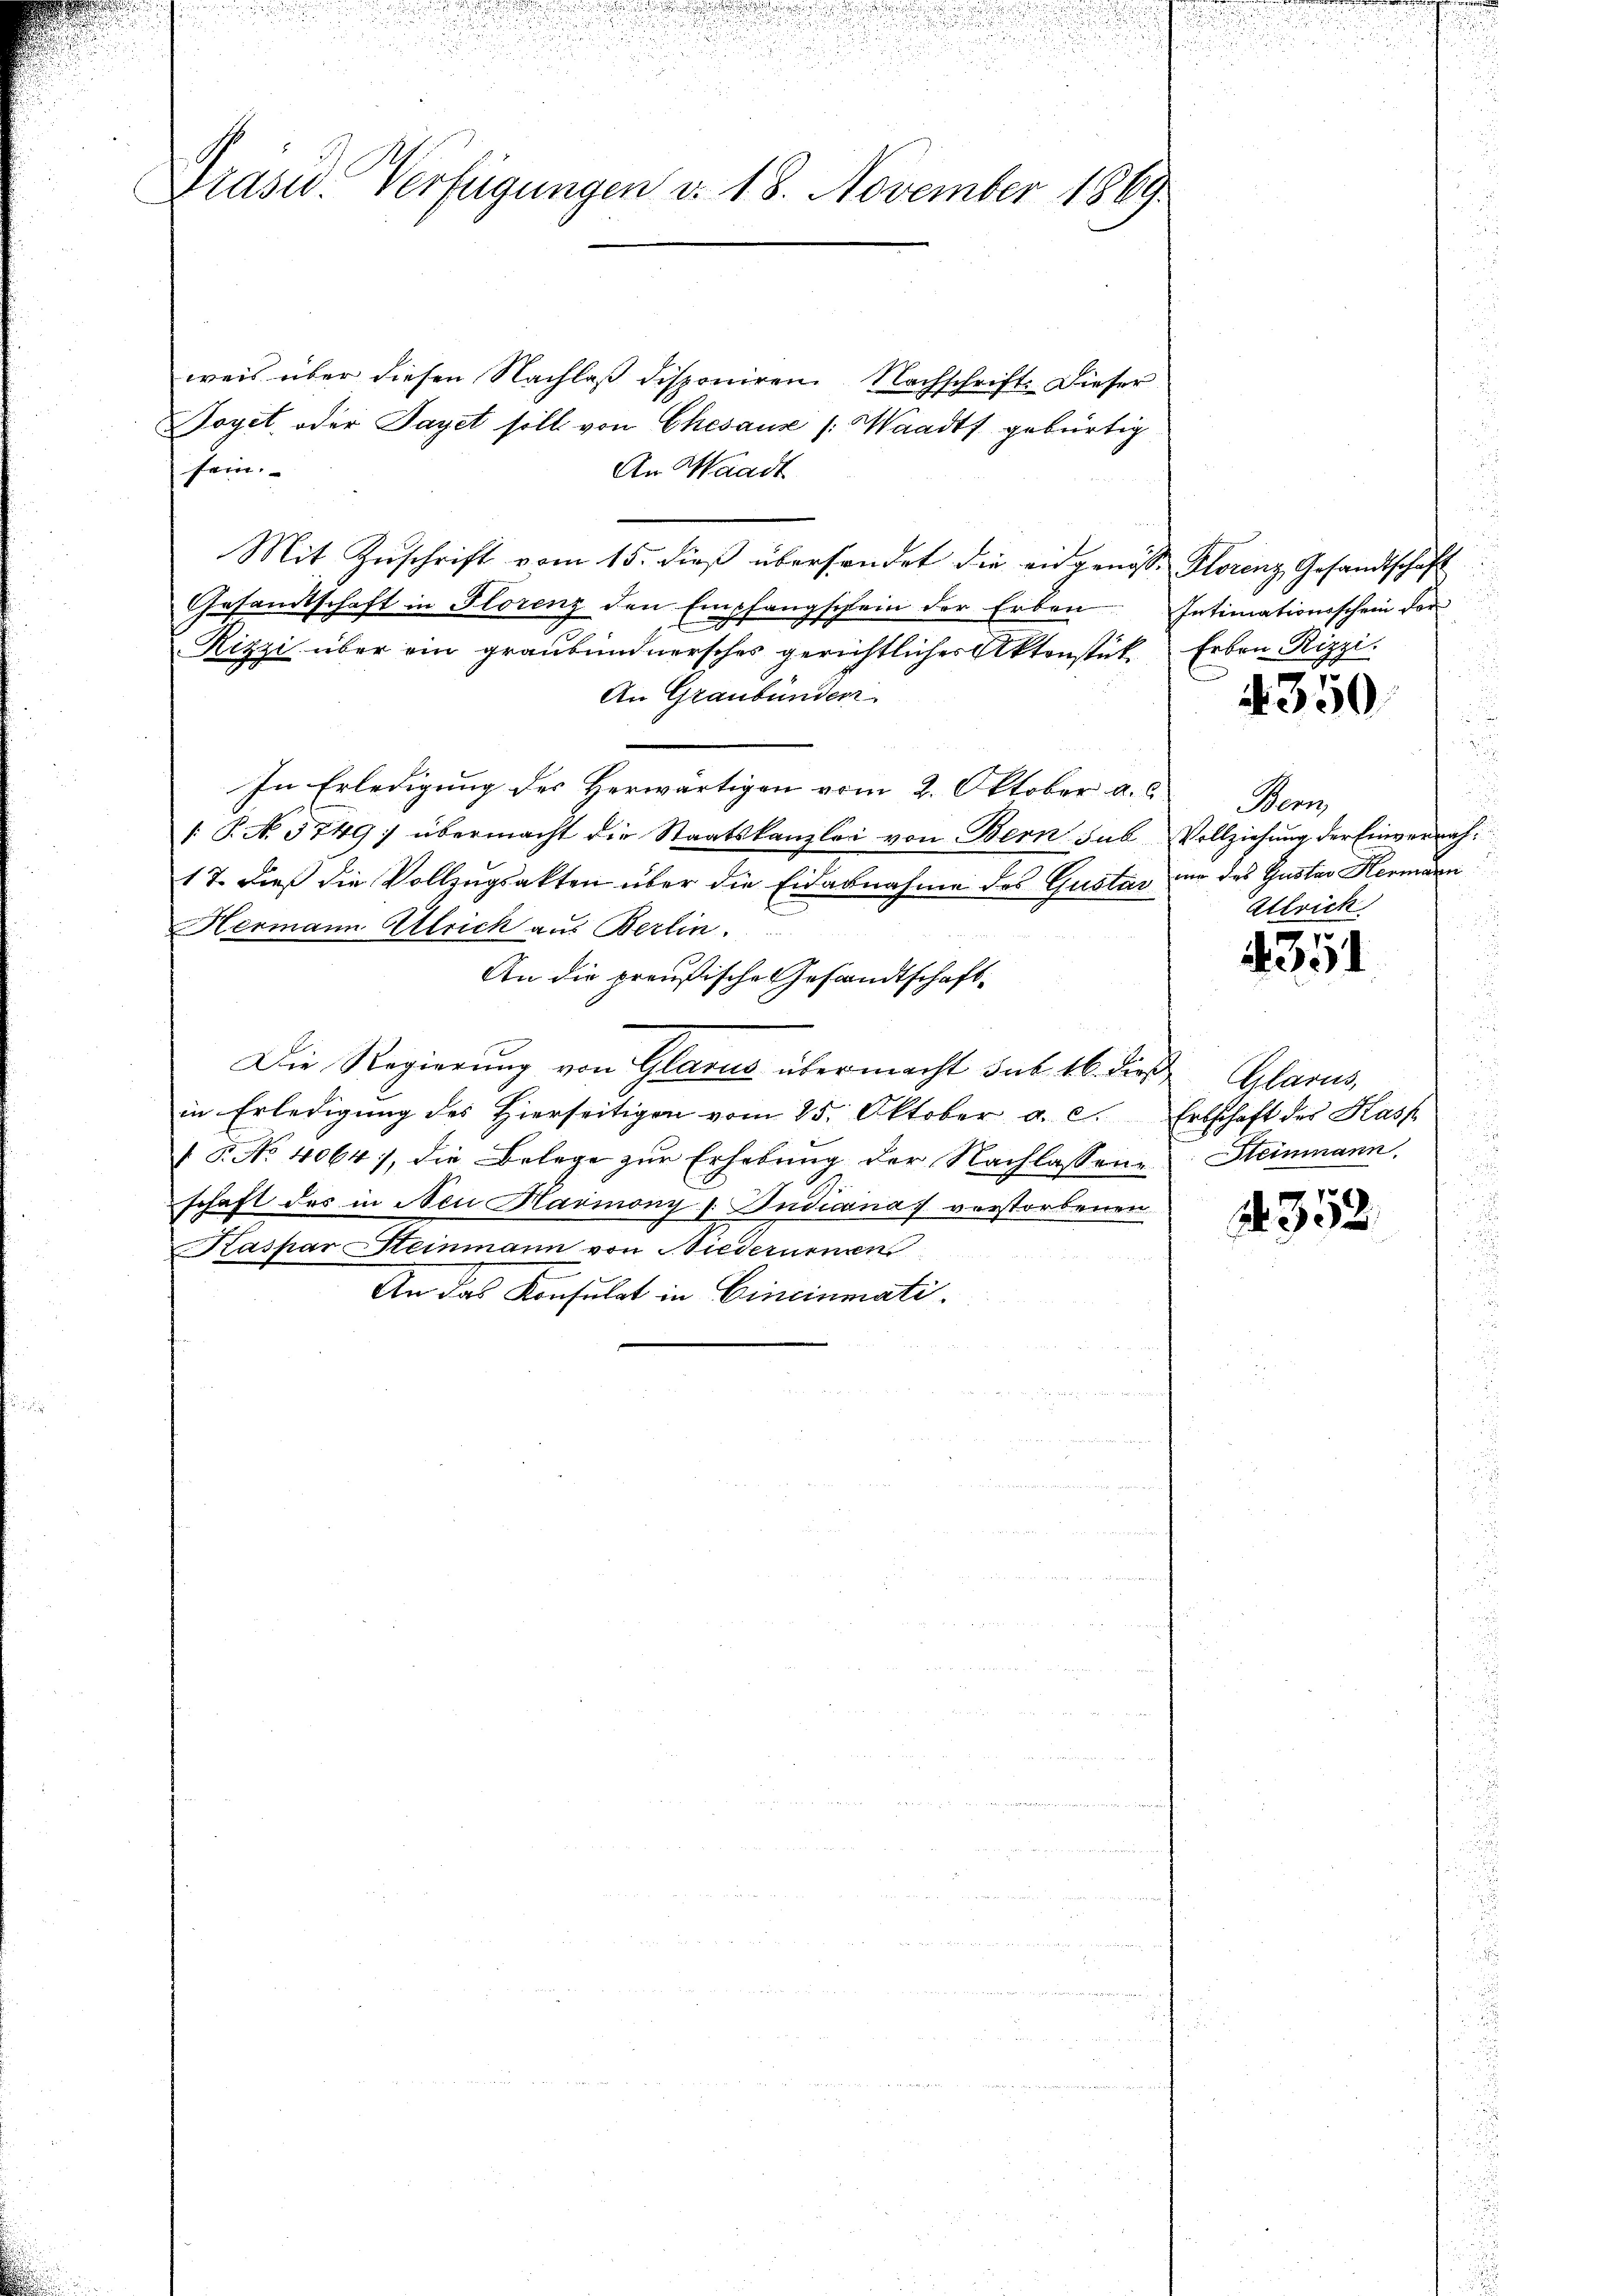
Präsid. Verfügungen v. 18. November 1869.

weis über diesen Nachlaß disponiren. Nachschrift. Dieser
Soget, oder Taget soll von Ehesause (Waadt gebürtig
sein.
An Waadt
Mit Zŭschrift vom 15. dieß überhandet die eidgenöss. Florenz Gesandtschaft
Gesandtschaft in Florenz den Empfangschein der Erben Intimationsschein der
Rizzi über ein graubündnersches gerichtlicher Aktenstück. Erben Rizzi
An Graubünden.
In Erledigung des Herwärtigen vom 2. Oktober a. c.
. P. N. 5749; übermacht die Staatskanzlei von Bern sub Vollziehung der Einvernah¬
17. dieß die Vollzugsakten über die Eidabnahme des Gustav und des Gustav Hermann
Hermann Ulrich aus Berlin.
An die preußische Gesandtschaft-
Die Regierung von Glarus übermacht sub 16. dieß
in Erledigung des Hierseitigen vom 25. Oktober a. c. Erbschaft des Kass
 P. No 4064), die Belege zŭr Erhebŭng der Nachlassene Steinmann.
schaft des in Nei Harmony / Judicanas verstorbenen
Kaspar Steinmann von Niederurnen
An das Konsulat in Cincinmati

4350

Bern,
Alrich

4351

Glarus,

No. 352.